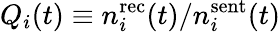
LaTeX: Q_{i}(t)\equiv n_{i}^{\mathrm{rec}}(t)/n_{i}^{\mathrm{sent}}(t)